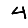
Digit: 4